Civil Veterinary Department. United Provinces 1912-22 - 1912-1922
Year: 1912
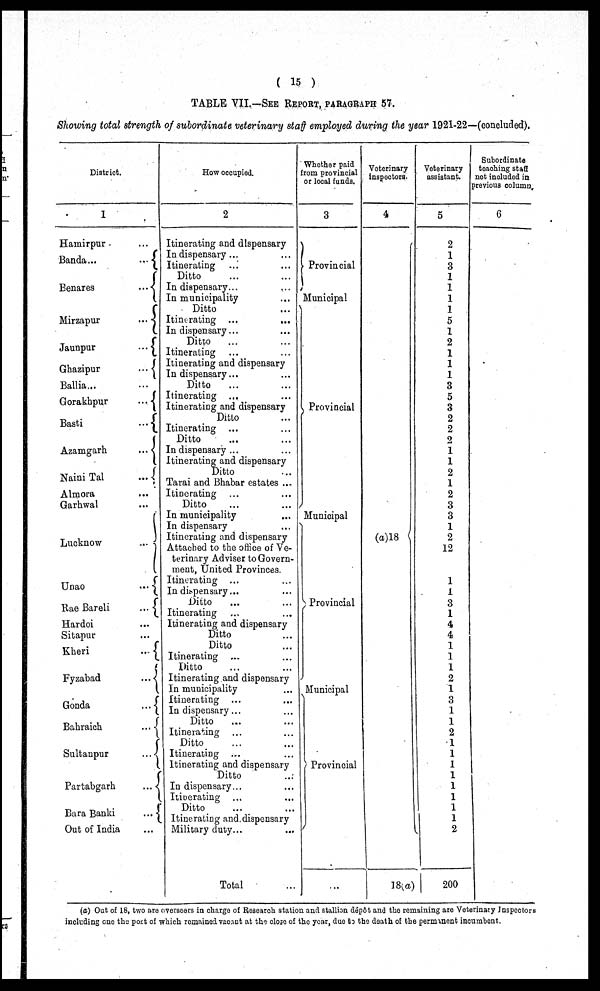
( 15 )
TABLE VII.—SEE REPORT, PARAGRAPH 57.
Showing total strength of subordinate veterinary staff employed during the year 1921-22—(concluded).
District.
1
Hamirpur ...
Banda ... ...
Benares ...
Mirzapur ...
Jaunpur ...
Ghazipur ...
Ballia ... ...
Gorakhpur ...
Basti ...
Azamgarh ...
Naini Tal ...
Almora ...
Garhwal ...
Lucknow ...
Unao ...
Rae Bareli ...
Hardoi ...
Sitapur ...
Kheri ...
Fyzabad ...
Gonda ...
Bahraich ...
Sultanpur ...
Partabgarh ...
Bara Banki ...
Out of India ...
How occupied.
2
Itinerating and dispensary
In dispensary ...
Itinerating
...
Ditto ... ...
In dispensary... ...
In municipality ...
Ditto ...
Itinerating ... ...
In dispensary ... ...
Ditto ... ...
Itinerating ... ...
Itinerating and dispensary
In dispensary ... ...
Ditto ... ...
Itinerating ... ...
Itinerating and dispensary
Ditto ...
Itinerating ... ...
Ditto ... ...
In dispensary ... ...
Itinerating and dispensary
Ditto ...
Tarai and Bhabar estates ...
Itinerating ... ...
Ditto ... ...
In municipality ...
In dispensary ...
Itinerating and dispensary
Attached to the office of Ve-
terinary Adviser to Govern-
ment, United Provinces.
Itinerating ... ...
In dispensary . . . ...
Ditto ... ...
Itinerating ... ...
Itinerating and dispensary
Ditto ...
Ditto ...
Itinerating ... ...
Ditto ... ...
Itinerating and dispensary
In municipality ...
Itinerating ... ...
In dispensary ... ...
Ditto ... ...
Itinerating ... ...
Ditto ... ...
Itinerating ... ...
Itinerating and dispensary
Ditto ...
In dispensary ... ...
Itinerating ... ...
Ditto ... ...
Itinerating and dispensary
Military duty ... ...
Total ...
Whether paid
from provincial
or local funds.
3
Provincial
Municipal
Provincial
Municipal
Provincial
Municipal
Provincial
...
Veterinary
inspectors.
4
(a)18
18(a)
Veterinary
assistant.
5
2
1
3
1
1
1
1
5
1
2
1
1
1
3
5
3
2
2
2
1
1
2
1
2
3
3
1
2
12
1
1
3
1
4
4
1
1
1
2
1
3
1
1
2
1
1
1
1
1
1
1
1
2
200
Subordinate
teaching staff
not included in
previous column
6
(a) Out of 18, two are overseers in charge of Research station and stallion dépôt and the remaining are Veterinary Inspectors
including one the post of which remained vacant at the close of the year, duo to the death of the permanent incumbent.